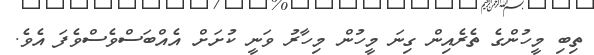
ތިބި މީހުންގެ ތެރެއިން ގިނަ މީހުން މިހާރު ވަނީ ކުށަށް އެއްބަސްވެސްވެފަ އެވެ.